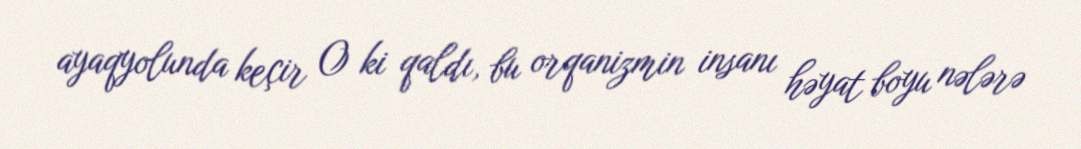
ayaqyolunda keçir O ki qaldı, bu orqanizmin insanı həyat boyu nələrə